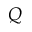
Q